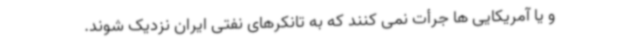
و یا آمریکایی ها جرأت نمی کنند که به تانکرهای نفتی ایران نزدیک شوند.